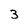
Character: 3